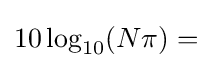
10\log _{10}(N\pi )={}